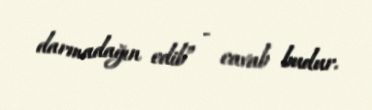
darmadağın edib” - cavab budur.